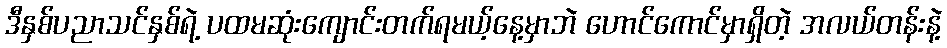
ဒီနှစ်ပညာသင်နှစ်ရဲ့ ပထမဆုံးကျောင်းတက်ရမယ့်နေ့မှာဘဲ ဟောင်ကောင်မှာရှိတဲ့ အလယ်တန်းနဲ့